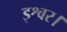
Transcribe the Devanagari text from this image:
इश्वर।